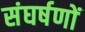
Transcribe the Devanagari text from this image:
संघर्षणों